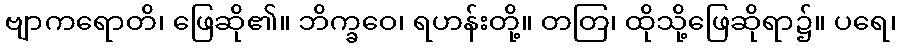
ဗျာကရောတိ၊ ဖြေဆို၏။ ဘိက္ခဝေ၊ ရဟန်းတို့။ တတြ၊ ထိုသို့ဖြေဆိုရာ၌။ ပရေ၊